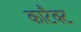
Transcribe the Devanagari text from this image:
काटैक्ट